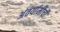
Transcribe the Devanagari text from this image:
अंतर्यामीची